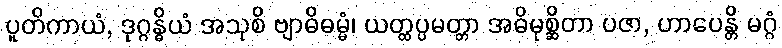
ပူတိကာယံ, ဒုဂ္ဂန္ဓိယံ အသုစိ ဗျာဓိဓမ္မံ၊ ယတ္ထပ္ပမတ္တာ အဓိမုစ္ဆိတာ ပဇာ, ဟာပေန္တိ မဂ္ဂံ